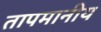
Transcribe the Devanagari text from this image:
तापमानीय